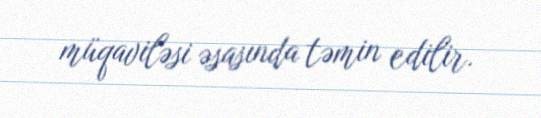
müqaviləsi əsasında təmin edilir.